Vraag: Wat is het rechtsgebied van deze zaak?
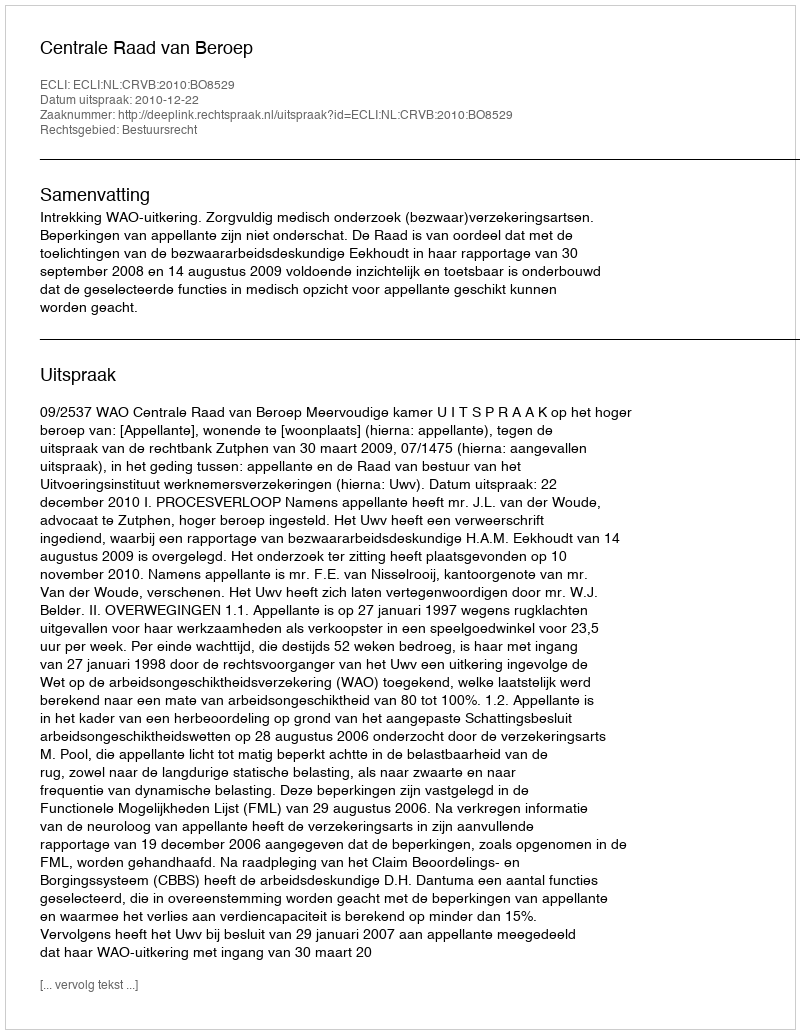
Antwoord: Bestuursrecht